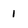
Character: 1